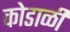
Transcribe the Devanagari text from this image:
कोडाळी